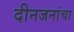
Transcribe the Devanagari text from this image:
दीनजनांचा